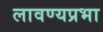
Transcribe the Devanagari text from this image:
लावण्यप्रभा